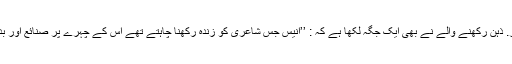
شبی جیسے متواز. ذہن رکھنے والے نے بھی ایک جگہ لکھا ہے کہ : ’’انیس جس شاعری کو زندہ رکھنا چاہتے تھے اس کے چہرے پر صنائع اور بدیع کے داغ ہیں ‘۔